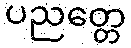
ပညတ္တေ